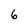
Character: 6